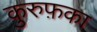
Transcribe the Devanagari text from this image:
कुरुफ़का